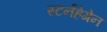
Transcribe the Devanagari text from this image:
स्टर्नहेगेन